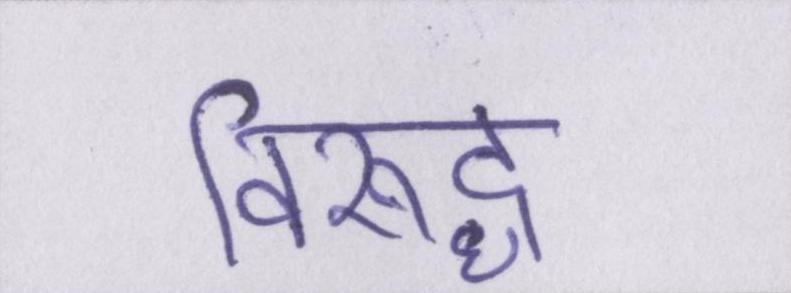
विरूद्ध